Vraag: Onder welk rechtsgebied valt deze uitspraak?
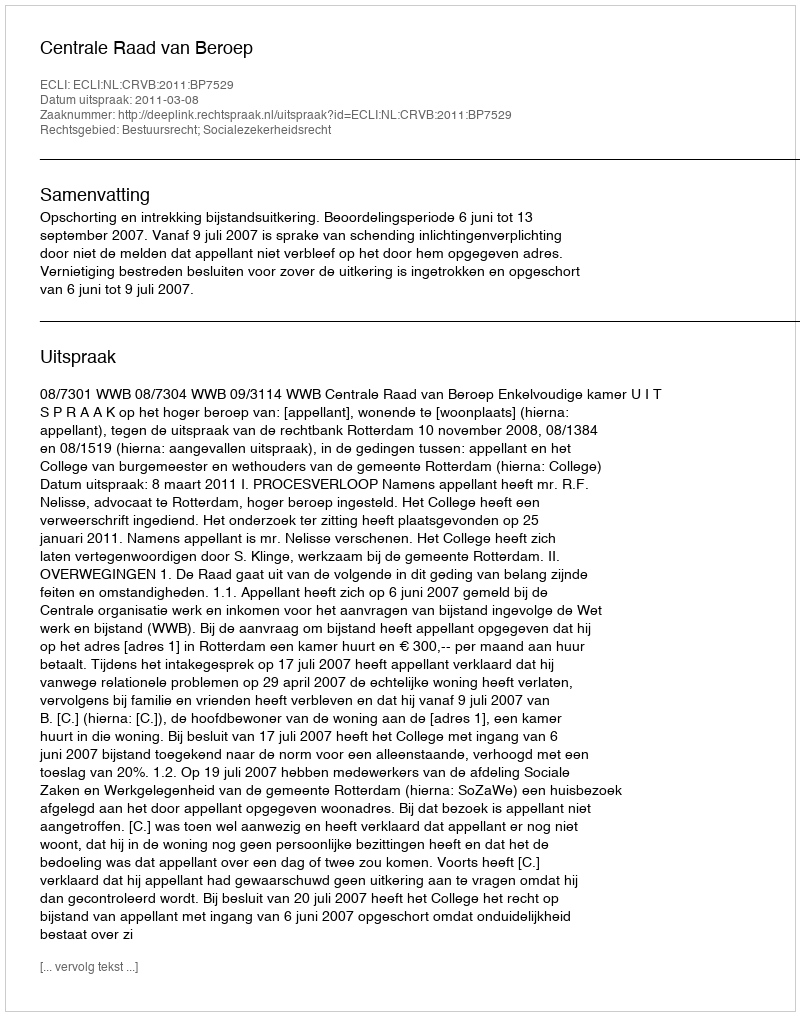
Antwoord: Bestuursrecht; Socialezekerheidsrecht